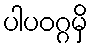
ပါပဝဂ္ဂမှိ